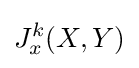
J_{x}^{k}(X,Y)